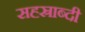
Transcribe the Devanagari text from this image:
सह्स्राब्दी